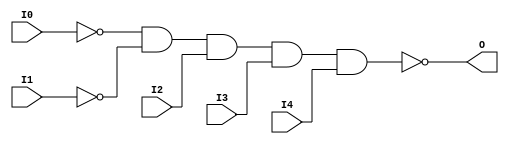
module NAND5B2 (O, I0, I1, I2, I3, I4);

    output O;

    input  I0, I1, I2, I3, I4;

    wire i0_inv;
    wire i1_inv;

    not N1 (i1_inv, I1);
    not N0 (i0_inv, I0);
    nand A1 (O, i0_inv, i1_inv, I2, I3, I4);


endmodule